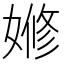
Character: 𡟞